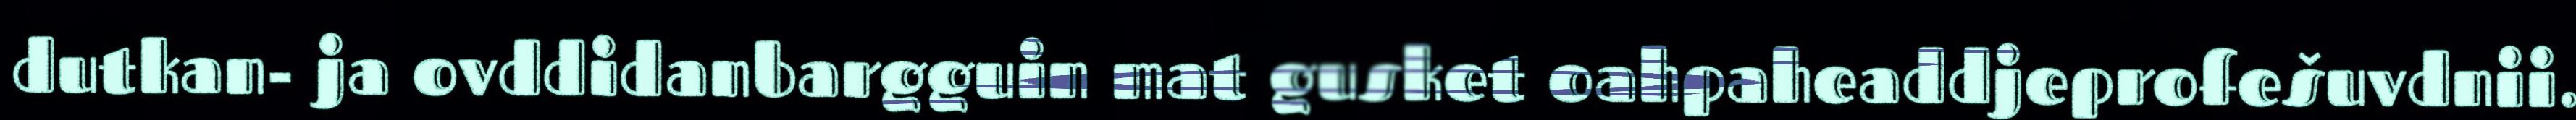
dutkan- ja ovddidanbargguin mat gusket oahpaheaddjeprofešuvdnii.